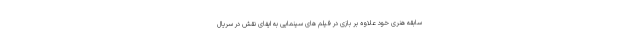
سابقه هنری خود علاوه بر بازی در فیلم های سینمایی به ایفای نقش در سریال